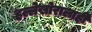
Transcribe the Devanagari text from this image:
हल्लेखोरालाही